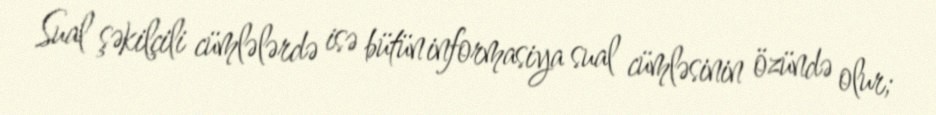
Sual şəkilçili cümlələrdə isə bütün informasiya sual cümləsinin özündə olur;